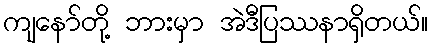
ကျနော်တို့ ဘားမှာ အဲဒီပြဿနာရှိတယ်။